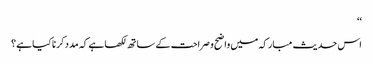
‘‘
اس حدیث مبارکہ میں واضح و صراحت کے ساتھ لکھا ہے کہ مدد کرنا کیا ہے؟